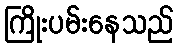
ကြိုးပမ်းနေသည်